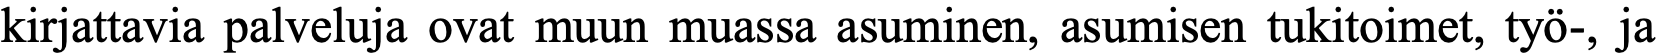
kirjattavia palveluja ovat muun muassa asuminen, asumisen tukitoimet, työ-, ja